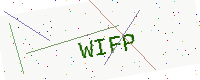
Text: WIFP